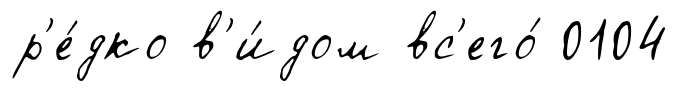
р'е́дко в'и́дом вс'его́ 0104